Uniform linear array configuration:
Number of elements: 48
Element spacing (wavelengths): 0.25
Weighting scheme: hamming
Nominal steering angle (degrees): -45
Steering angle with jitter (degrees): -43.109
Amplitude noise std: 0.05
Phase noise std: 0.05

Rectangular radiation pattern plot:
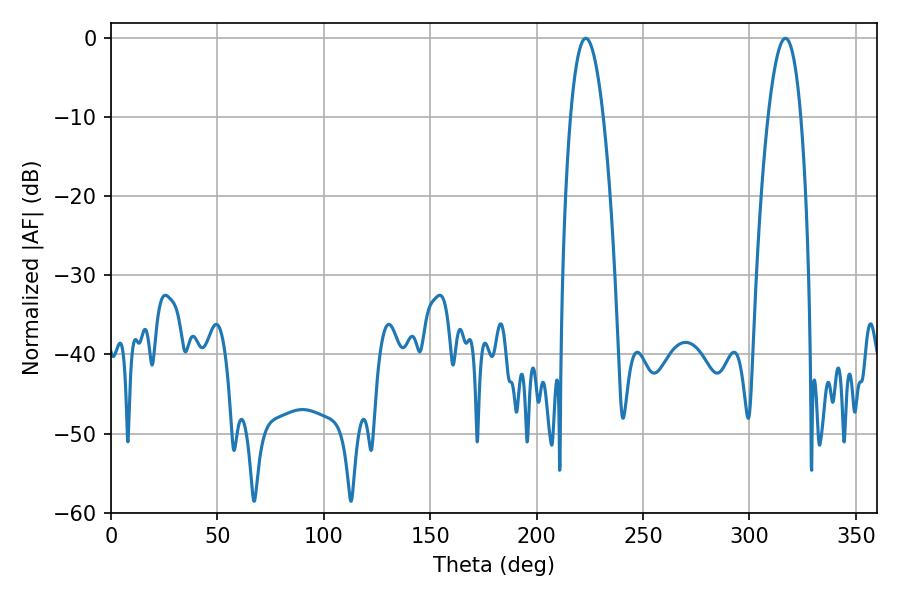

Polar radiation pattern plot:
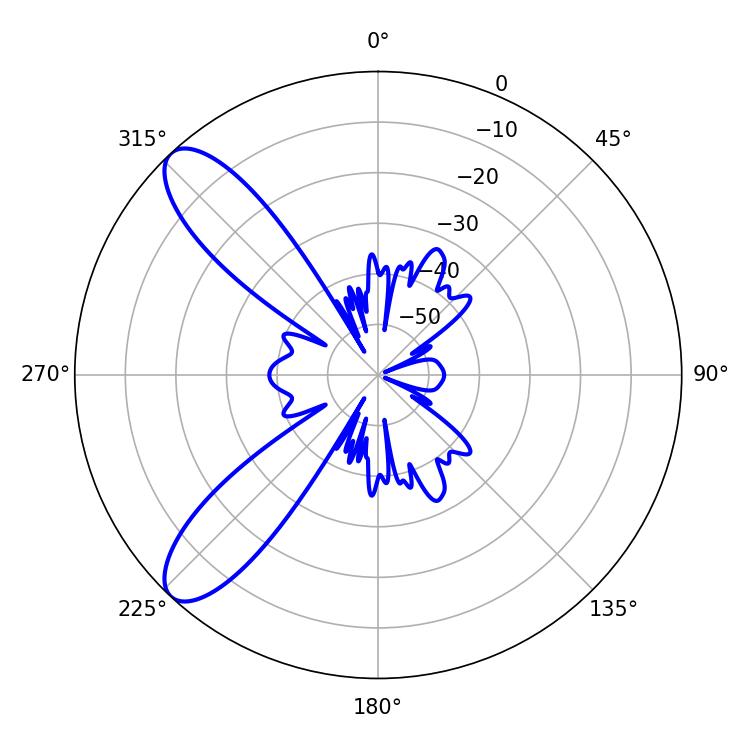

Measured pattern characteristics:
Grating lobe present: FALSE
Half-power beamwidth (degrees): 8.46
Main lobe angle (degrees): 223.02